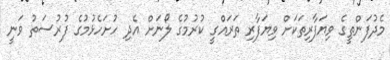
މެދުފަންތީގެ ވިޔަފާރިތަކަށް ވިޔަފާރި ތަރައްގީ ކުރުމުގެ ލޯނަށް އެދި ހުށަހެޅުމުގެ ފުރުސަތު ވަނީ